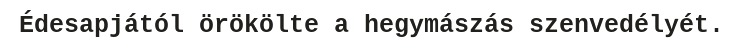
Édesapjától örökölte a hegymászás szenvedélyét.